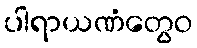
ပါရာယဏံတွေဝ